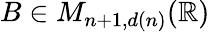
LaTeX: B\in M_{n+1,d(n)}(\mathbb{R})